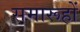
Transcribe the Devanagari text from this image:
समारूहों